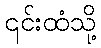
၎င်းထံသို့